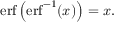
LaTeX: \operatorname { e r f } \left( \operatorname { e r f } ^ { - 1 } ( x ) \right) = x .